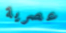
عصرية